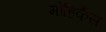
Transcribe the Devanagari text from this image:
मोहिकैंस